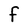
Character: F